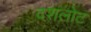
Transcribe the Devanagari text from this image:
दशलोट